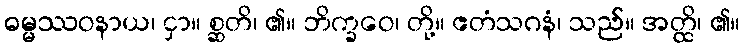
ဓမ္မဿဝနာယ၊ ငှာ။ စ္ဆတိ၊ ၏။ ဘိက္ခဝေ၊ တို့။ ဧတံသဂနံ၊ သည်။ အတ္ထိ၊ ၏။